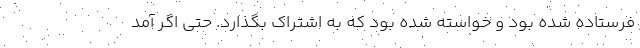
فرستاده شده بود و خواسته شده بود که به اشتراک بگذارد. حتی اگر آمد